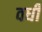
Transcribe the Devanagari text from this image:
वर्धी